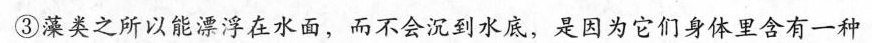
③藻类之所以能漂浮在水面，而不会沉到水底，是因为它们身体里含有一种